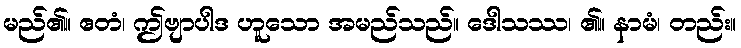
မည်၏။ ဧတံ၊ ဤဗျာပါဒ ဟူသော အမည်သည်။ ဒေါသဿ၊ ၏။ နာမံ၊ တည်း။